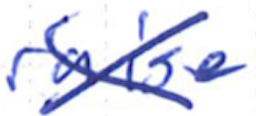
Text: raise
Cross-out: cross
Writing tool: ballpoint